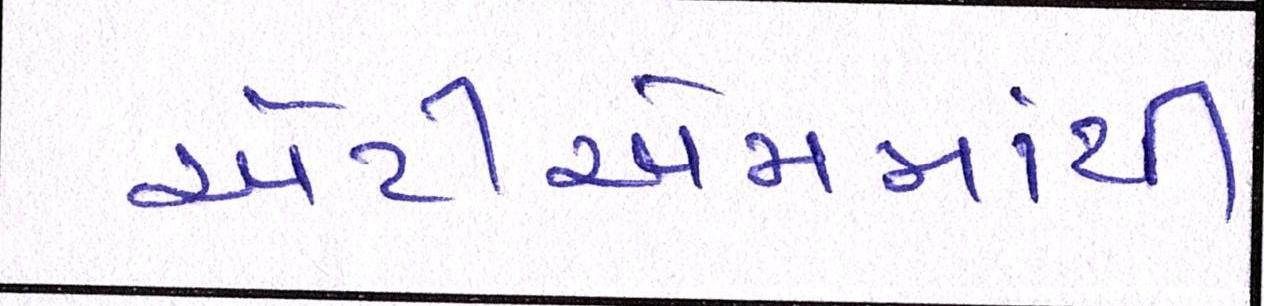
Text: એટીએમમાંથી